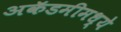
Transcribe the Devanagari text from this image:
अकॅडमीमध्ये